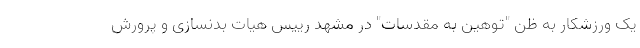
یک ورزشکار به ظن "توهین به مقدسات" در مشهد رییس هیات بدنسازی و پرورش